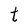
Character: t